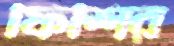
ফিশির